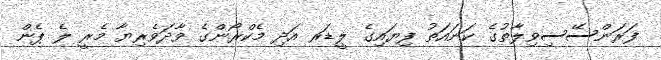
ފަރަންސޭސިވިލާތުގެ ކަނައަތު ފިޔައިގެ ލީޑަރ އަދި މެކްރޯންގެ ވާދަވެރިޔާ މެރީ ލެ ޕެން